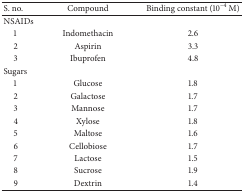
| S. no. | Compound | Binding constant (10−4 M) |
 | --- | --- | --- |
 | NSAIDs |  |  |
 | 1 | Indomethacin | 2.6 |
 | 2 | Aspirin | 3.3 |
 | 3 | Ibuprofen | 4.8 |
 | Sugars |  |  |
 | 1 | Glucose | 1.8 |
 | 2 | Galactose | 1.7 |
 | 3 | Mannose | 1.7 |
 | 4 | Xylose | 1.8 |
 | 5 | Maltose | 1.6 |
 | 6 | Cellobiose | 1.7 |
 | 7 | Lactose | 1.5 |
 | 8 | Sucrose | 1.9 |
 | 9 | Dextrin | 1.4 |